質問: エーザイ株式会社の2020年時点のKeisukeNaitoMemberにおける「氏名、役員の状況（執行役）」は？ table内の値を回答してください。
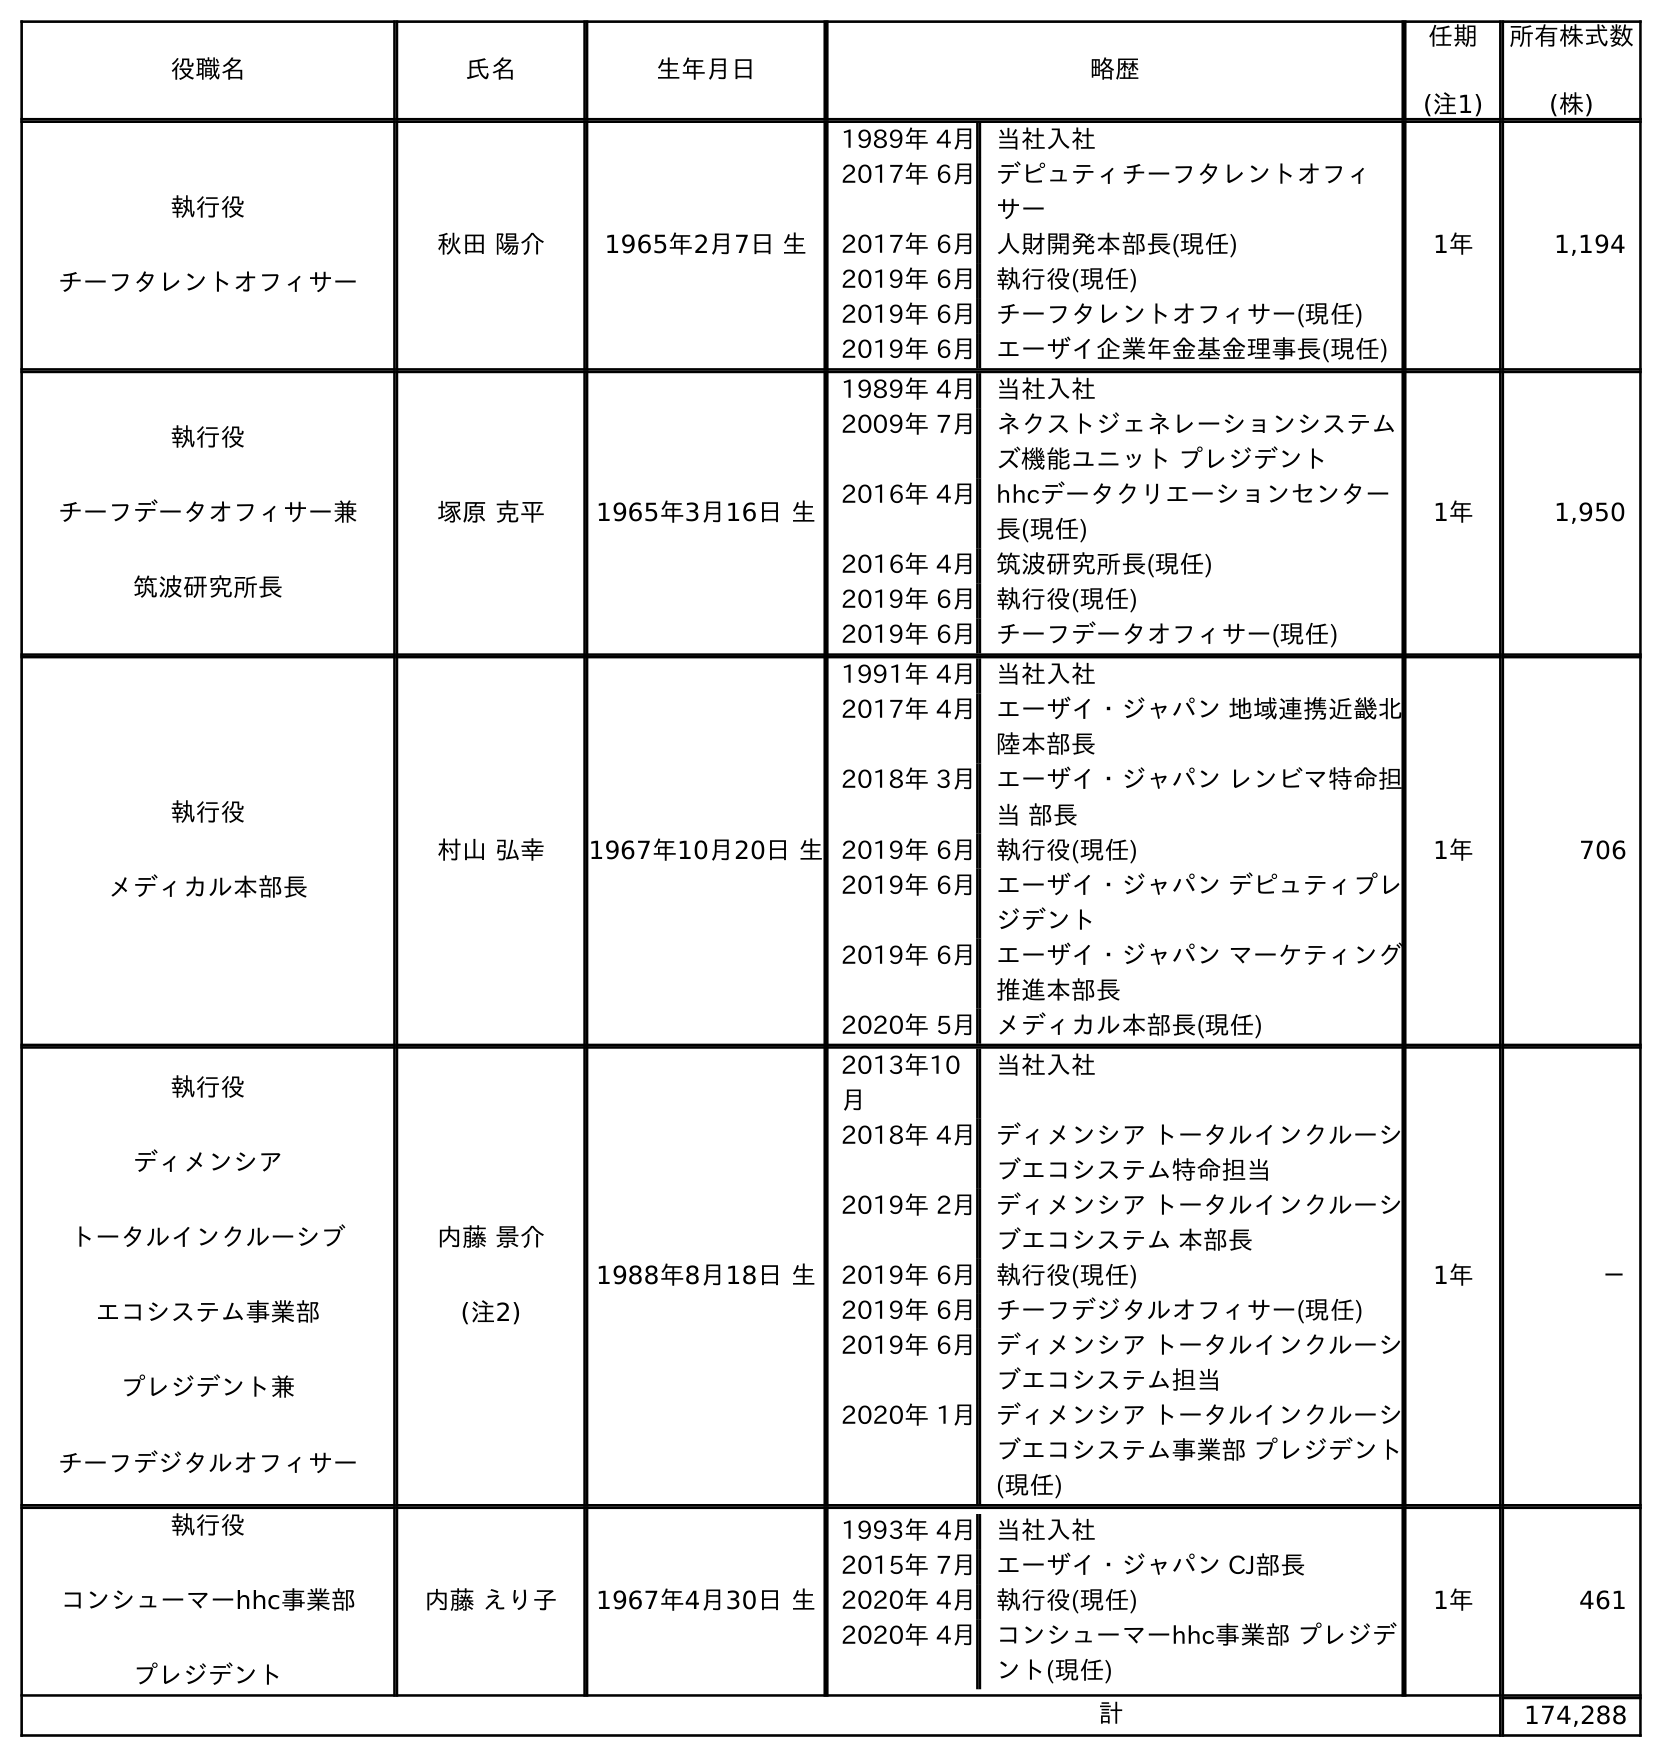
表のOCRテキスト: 役職名 氏名 生年月日 略歴 任期 (注1) 所有株式数 (株) 執行役 チーフタレントオフィサー 秋田 陽介 1965年2月7日 生 1989年 4月当社入社 2017年 6月デピュティチーフタレントオフィ サー 2017年 6月人財開発本部長(現任) 2019年 6月執行役(現任) 2019年 6月チーフタレントオフィサー(現任) 2019年 6月エーザイ企業年金基金理事長(現任) 1年 1,194 執行役 チーフデータオフィサー兼 筑波研究所長 塚原 克平 1965年3月16日 生 1989年 4月当社入社 2009年 7月ネクストジェネレーションシステム ズ機能ユニット プレジデント 2016年 4月hhcデータクリエーションセンター 長(現任) 2016年 4月筑波研究所長(現任) 2019年 6月執行役(現任) 2019年 6月チーフデータオフィサー(現任) 1年 1,950 執行役 メディカル本部長 村山 弘幸 1967年10月20日 生 1991年 4月当社入社 2017年 4月エーザイ・ジャパン 地域連携近畿北 陸本部長 2018年 3月エーザイ・ジャパン レンビマ特命担 当 部長 2019年 6月執行役(現任) 2019年 6月エーザイ・ジャパン デピュティプレ ジデント 2019年 6月エーザイ・ジャパン マーケティング 推進本部長 2020年 5月メディカル本部長(現任) 1年 706 執行役 ディメンシア トータルインクルーシブ エコシステム事業部 プレジデント兼 チーフデジタルオフィサー 内藤 景介 (注2) 1988年8月18日 生 2013年10 月 当社入社 2018年 4月ディメンシア トータルインクルーシ ブエコシステム特命担当 2019年 2月ディメンシア トータルインクルーシ ブエコシステム 本部長 2019年 6月執行役(現任) 2019年 6月チーフデジタルオフィサー(現任) 2019年 6月ディメンシア トータルインクルーシ ブエコシステム担当 2020年 1月ディメンシア トータルインクルーシ ブエコシステム事業部 プレジデント (現任) 1年 － 執行役 コンシューマーhhc事業部 プレジデント 内藤 えり子 1967年4月30日 生 1993年 4月当社入社 2015年 7月エーザイ・ジャパン CJ部長 2020年 4月執行役(現任) 2020年 4月コンシューマーhhc事業部 プレジデ ント(現任) 1年 461 計 174,288
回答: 内藤 景介(注2)